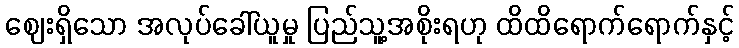
ဈေးရှိသော အလုပ်ခေါ်ယူမှု ပြည်သူ့အစိုးရဟု ထိထိရောက်ရောက်နှင့်